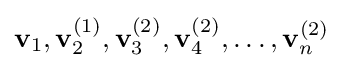
\mathbf {v} _{1},\mathbf {v} _{2}^{(1)},\mathbf {v} _{3}^{(2)},\mathbf {v} _{4}^{(2)},\dots ,\mathbf {v} _{n}^{(2)}